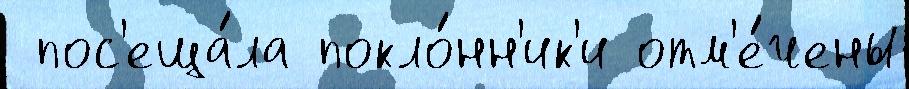
 пос'еща́ла покло́нн'ик'и отм'е́чены